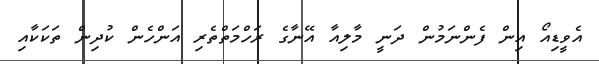
އެވީޑިއޯ އިން ފެންނަމުން ދަނީ މާލިއާ އޭނާގެ ރަހްމަތްތެރި އަންހެން ކުދިން ތަކަކާއި